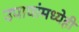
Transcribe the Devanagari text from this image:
उपायांमध्येही